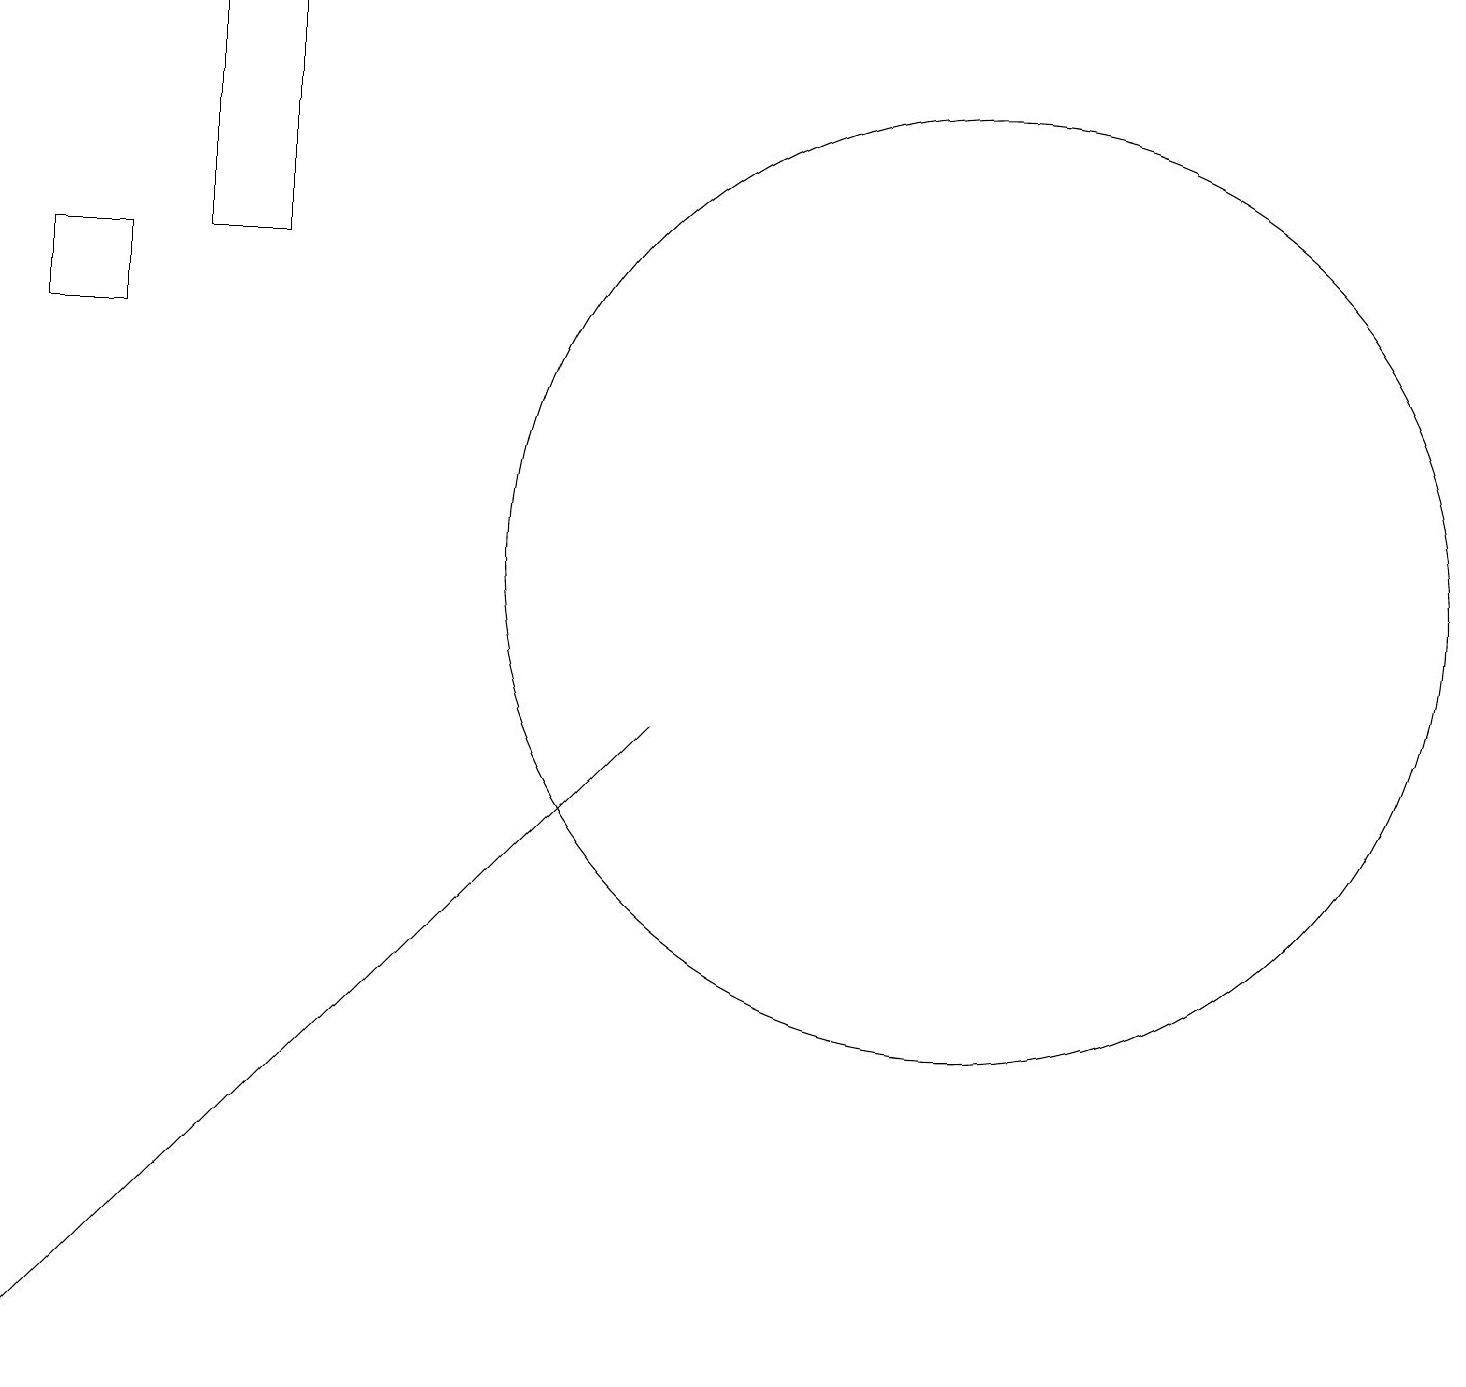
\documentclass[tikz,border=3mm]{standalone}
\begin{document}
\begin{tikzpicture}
\draw (0,15) rectangle (1,14);
\draw (12,11) circle (6);
\draw (8,9) -- (0,1) -- (0,1) -- cycle;
\draw (3,18) rectangle (2,15);
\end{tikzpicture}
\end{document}